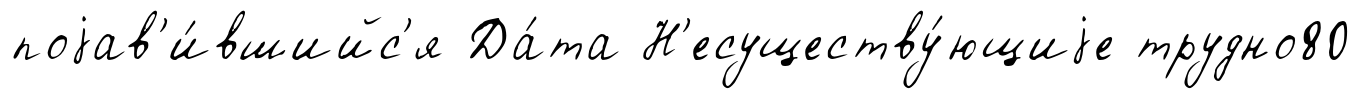
поjав'и́вшийс'я Да́та Н'есуществу́ющиjе трудно80